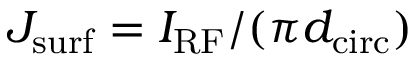
J _ { \mathrm { s u r f } } = I _ { \mathrm { R F } } / ( \pi d _ { \mathrm { c i r c } } )